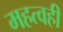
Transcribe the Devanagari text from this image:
महत्वही